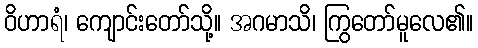
ဝိဟာရံ၊ ကျောင်းတော်သို့။ အဂမာသိ၊ ကြွတော်မူလေ၏။